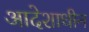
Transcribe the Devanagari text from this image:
आदेशाधीन